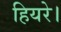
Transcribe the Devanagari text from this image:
हियरे।